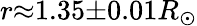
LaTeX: r{\approx}1.35{\pm}0.01R_{\odot}